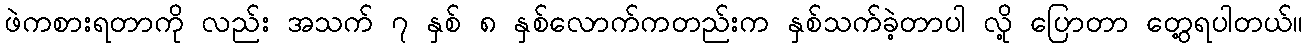
ဖဲကစားရတာကို လည်း အသက် ၇ နှစ် ၈ နှစ်လောက်ကတည်းက နှစ်သက်ခဲ့တာပါ လို့ ပြောတာ တွေ့ရပါတယ်။